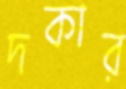
দকার